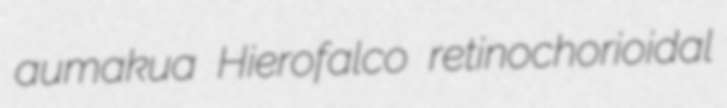
aumakua Hierofalco retinochorioidal